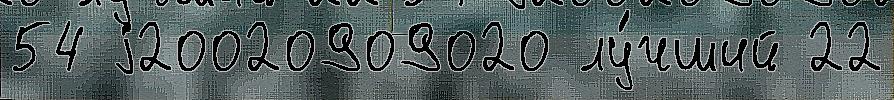
54 j20020909020 лу́чший 22